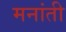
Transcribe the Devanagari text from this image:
मनांती